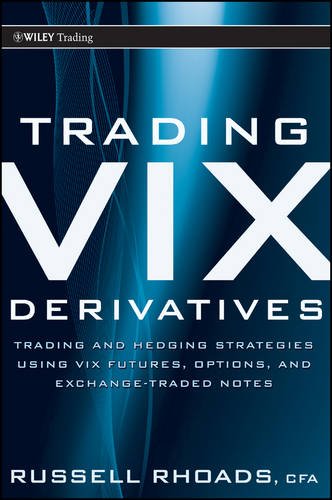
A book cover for Trading VIX Derivatives: Trading and Hedging Strategies Using VIX Futures, Options, and Exchange Traded Notes; Russell Rhoads; Business & Money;